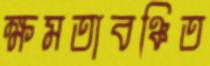
ক্ষমতাবঞ্চিত